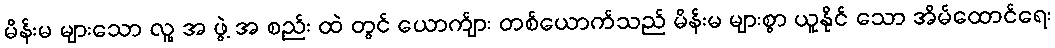
မိန်းမ များသော လူ့ အ ဖွဲ့ အ စည်း ထဲ တွင် ယောက်ျား တစ်ယောက်သည် မိန်းမ များစွာ ယူနိုင် သော အိမ်ထောင်ရေး